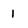
Character: 1